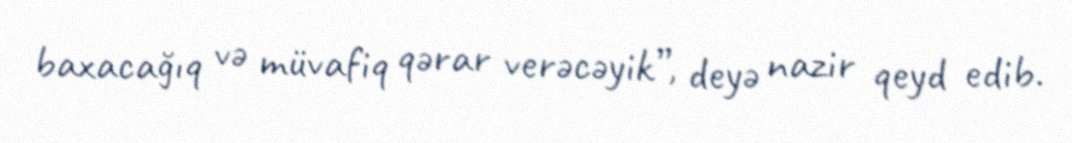
baxacağıq və müvafiq qərar verəcəyik”, deyə nazir qeyd edib.